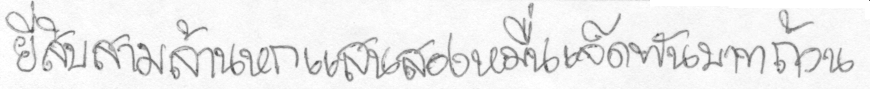
ยี่สิบสามล้านหกแสนสองหมื่นเจ็ดพันบาทถ้วน